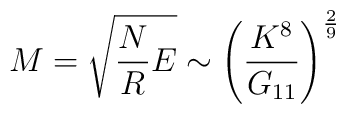
M=\sqrt{ \frac{N}{R} E} \sim \left( \frac{K^8}{G_{11}}\right)^{\frac{2}{9}}